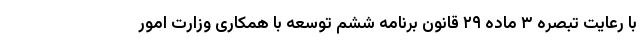
با رعایت تبصره ۳ ماده ۲۹ قانون برنامه ششم توسعه با همکاری وزارت امور